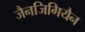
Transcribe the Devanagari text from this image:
जैनजिगियैन